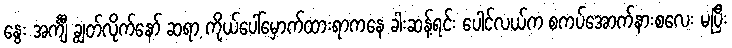
နွေး အင်္ကျီ ချွတ်လိုက်နော် ဆရာ့ ကိုယ်ပေါ်မှောက်ထားရာကနေ ခါးဆန့်ရင်း ပေါင်လယ်က စကပ်အောက်နားစလေး မပြီး